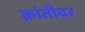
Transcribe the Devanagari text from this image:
क्रांतीवर